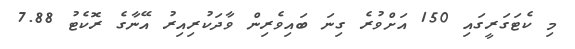
މި ކެޓަގަރީގައި 150 އަށްވުރެ ގިނަ ބައިވެރިން ވާދަކުރިއިރު އޭނާގެ ރޮކެޓު 7.88